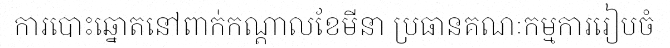
ការបោះឆ្នោតនៅពាក់កណ្តាលខែមីនា ប្រធានគណៈកម្មការរៀបចំ